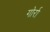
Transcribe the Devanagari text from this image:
गोर्रा